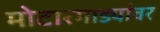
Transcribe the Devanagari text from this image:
मोटारगाड्यांवर